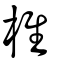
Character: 椎